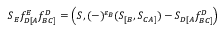
S _ { E } f _ { D [ A } ^ { E } f _ { B C ] } ^ { D } = \left( S , ( - ) ^ { \varepsilon _ { B } } ( S _ { [ B } , S _ { C A ] } ) - S _ { D [ A } f _ { B C ] } ^ { D } \right)